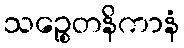
သဉ္စေတနိကာနံ